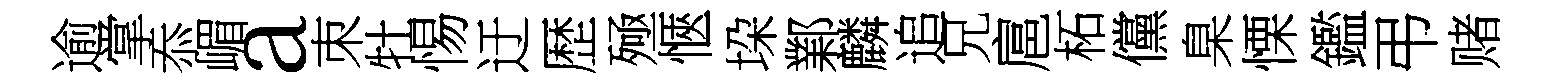
逾掌忝嵋a朿牡惕迂歴殛愜垜鄴麟追兄扈柘儻臬慄鑑弔赌